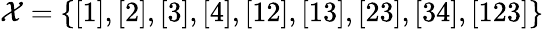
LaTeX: \mathcal{X}=\left\{ [1],[2],[3],[4],[12],[13],[23],[34],[123]\right\}